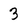
Character: 3